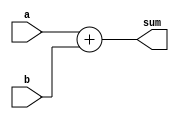
`timescale 1ns / 1ps
//////////////////////////////////////////////////////////////////////////////////
// Company: 
// Engineer: 
// 
// Design Name: 
// Module Name: add_6_bit
// Project Name: 
// Target Devices: 
// Tool Versions: 
// Description: 
// 
// Dependencies: 
// 
// Revision:
// Revision 0.01 - File Created
// Additional Comments:
// 
//////////////////////////////////////////////////////////////////////////////////


module add_6_bit (a,b,sum);

    input[5:0] a,b;
    output[5:0] sum;
    
    assign sum = a + b;
    
endmodule